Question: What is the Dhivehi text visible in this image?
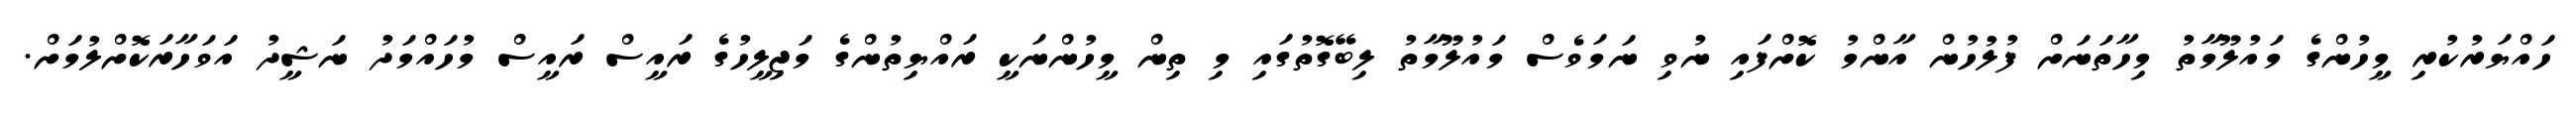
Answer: ހައްޔަރުކުރި މީހުންގެ މައުލޫމާތު މިހާތަނަށް ފުލުހުން އާންމު ކޮށްފައި ނުވި ނަމަވެސް މައުލޫމާތު ލިބޭގޮތުގައި މި ތިން މީހުންނަކީ ރައްޔިތުންގެ މަޖިލީހުގެ ރައީސް ރައީސް މުހައްމަދު ނަޝީދު އަވަހާރަކޮށްލުމަށް.